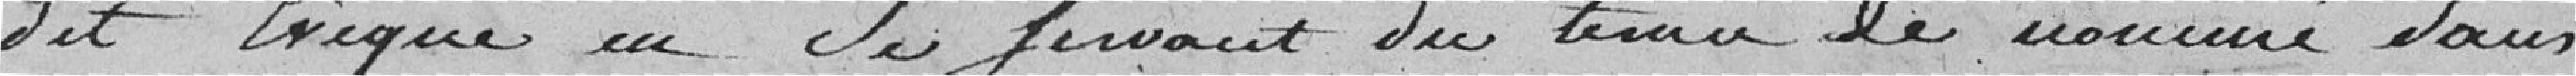
dit évêque,  en se servant du (incertain) de nommé dans